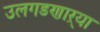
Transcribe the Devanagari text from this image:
उलगडणाऱ्या